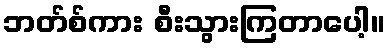
ဘတ်စ်ကား စီးသွားကြတာပေါ့။